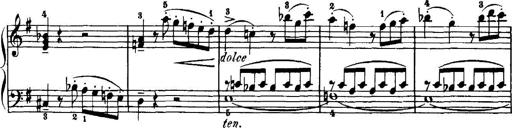
Title: 7 Sonatinas
Composer: Anton Diabelli